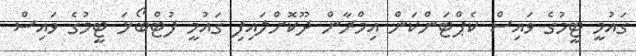
ގައުމީ ޓީމުގެ ވައިސް ކެޕްޓަންކަން އިމްރާން ދޫކޮށްލައިފި ގައުމީ ފުޓްބޯޅަ ޓީމުގެ ވައިސް